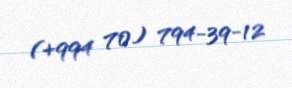
(+994 70) 794-39-12